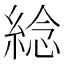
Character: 𦁤